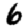
Digit: 6